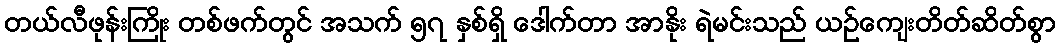
တယ်လီဖုန်းကြိုး တစ်ဖက်တွင် အသက် ၅၇ နှစ်ရှိ ဒေါက်တာ အာနိုး ရဲမင်းသည် ယဉ်ကျေးတိတ်ဆိတ်စွာ